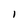
Character: I